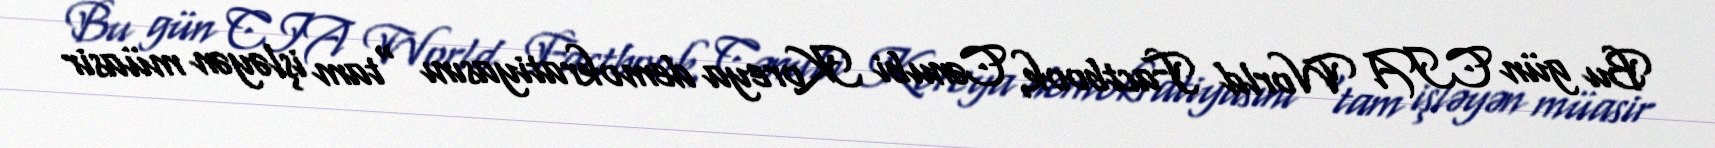
Bu gün CIA World Factbook, Cənubi Koreya demokratiyasını "tam işləyən müasir